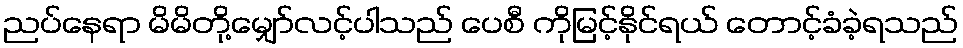
ညပ်နေရာ မိမိတို့မျှော်လင့်ပါသည် ပေစီ ကိုမြင့်နိုင်ရယ် တောင့်ခံခဲ့ရသည်